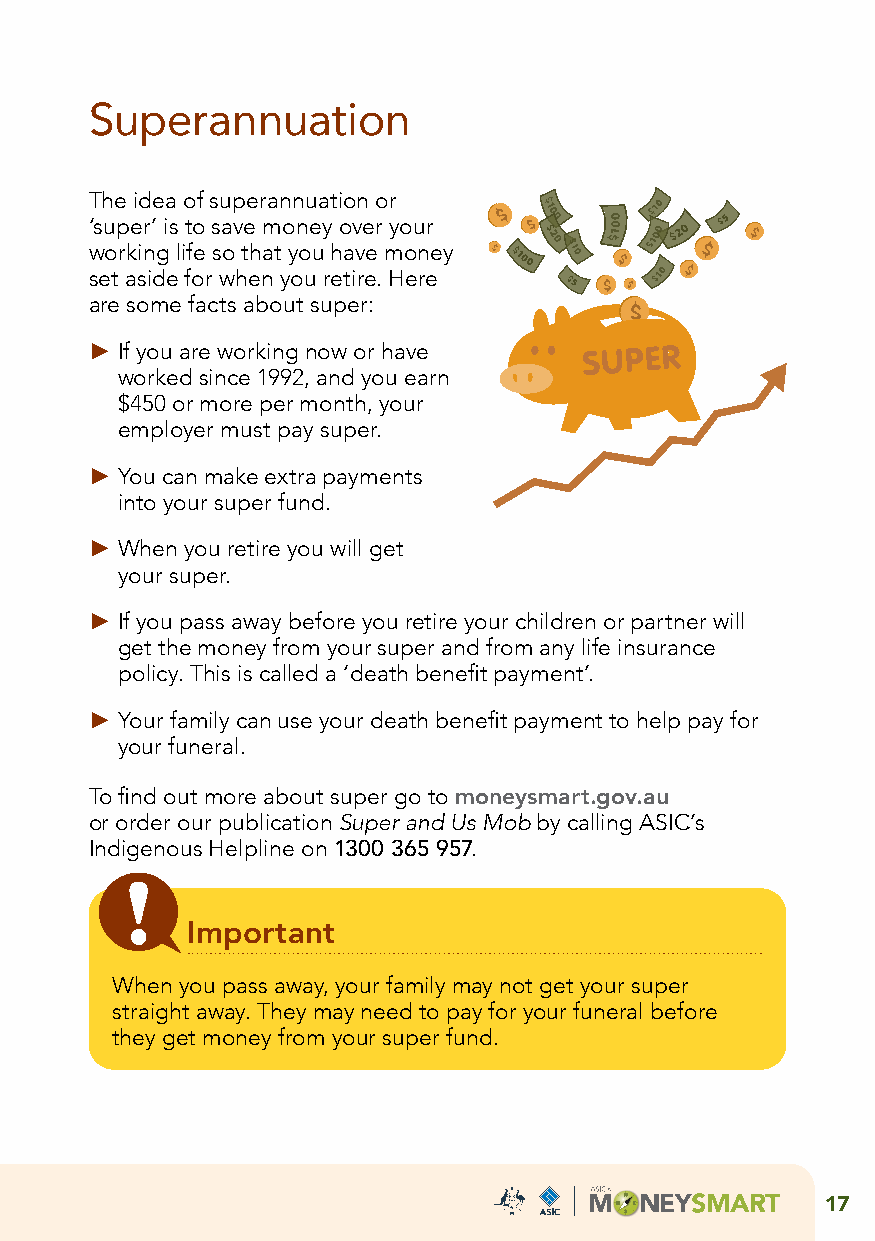
Superannuation
 The idea of superannuation or
 ‘super’ is to save money over your
 working life so that you have money
 set aside for when you retire. Here
 are some facts about super:
 ► If you are working now or have
 worked since 1992, and you earn
 $450 or more per month, your
 employer must pay super.
 ► You can make extra payments
 into your super fund.
 ► When you retire you will get
 your super.
 ► If you pass away before you retire your children or partner will
 get the money from your super and from any life insurance
 policy. This is called a ‘death benefit payment’.
 ► Your family can use your death benefit payment to help pay for
 your funeral.
 To find out more about super go to moneysmart.gov.au
 or order our publication Super and Us Mob by calling ASIC’s
 Indigenous Helpline on 1300 365 957.
 Important
 When you pass away, your family may not get your super
 straight away. They may need to pay for your funeral before
 they get money from your super fund.
 17